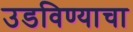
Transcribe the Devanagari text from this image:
उडविण्याचा